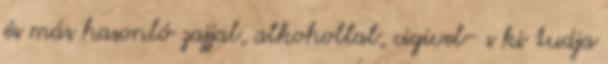
és más hasonló zajjal, alkohollal, cigivel- s ki tudja